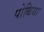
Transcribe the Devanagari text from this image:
पोबिया